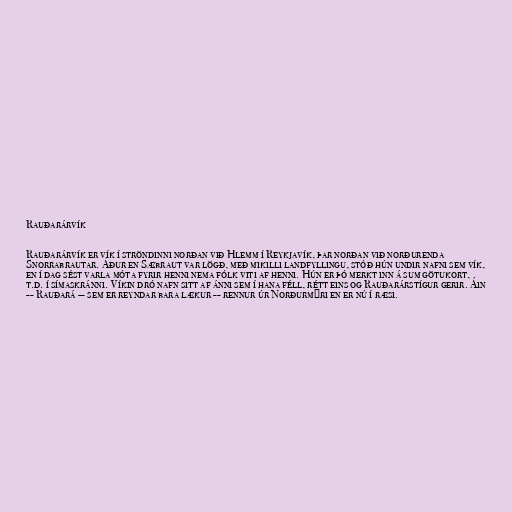
Rauðarárvík

Rauðarárvík er vík í ströndinni norðan við Hlemm í Reykjavík, þar norðan við norðurenda
Snorrabrautar. Áður en Sæbraut var lögð, með mikilli landfyllingu, stóð hún undir nafni sem vík,
en í dag sést varla móta fyrir henni nema fólk viti af henni. Hún er þó merkt inn á sum götukort,
t.d. í símaskránni. Víkin dró nafn sitt af ánni sem í hana féll, rétt eins og Rauðarárstígur gerir. Áin
-- Rauðará -- sem er reyndar bara lækur -- rennur úr Norðurmýri en er nú í ræsi.